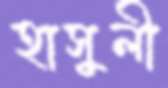
হাসুলী